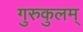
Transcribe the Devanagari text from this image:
गुरुकुलम्